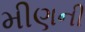
મીણની